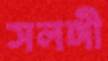
সলঙ্গী